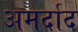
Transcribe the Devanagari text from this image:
अमर्दाद